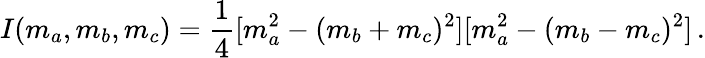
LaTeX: I(m_{a},m_{b},m_{c})=\frac{1}{4}[m_{a}^{2}-(m_{b}+m_{c})^{2}][m_{a}^{2}-(m_{b}-m_{c})^{2}]\, .